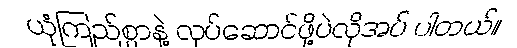
ယုံကြည်စွာနဲ့ လုပ်ဆောင်ဖို့ပဲလိုအပ် ပါတယ်။